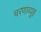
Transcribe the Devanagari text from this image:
चरणाव्यूह